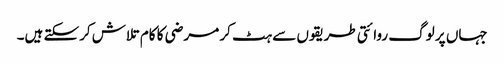
جہاں پر لوگ روائتی طریقوں سے ہٹ کر مرضی کا کام تلاش کرسکتے ہیں۔